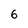
Character: 6